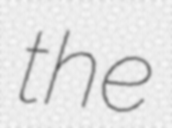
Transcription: the